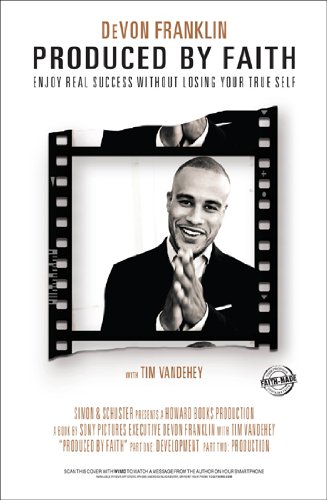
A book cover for Produced by Faith: Enjoy Real Success without Losing Your True Self; DeVon Franklin; Humor & Entertainment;